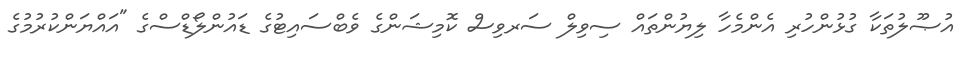
އުޞޫލުތަކާ ގުޅުންހުރި އެންމެހާ ލިޔުންތައް ސިވިލް ސަރވިސް ކޮމިޝަންގެ ވެބްސައިޓުގެ ޑައުންލޯޑްސްގެ "އައްޔަންކުރުމުގެ